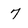
Character: 7